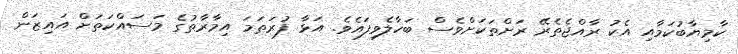
ކާމިޔާބުކަމާއި އެކު ރާއްޖެތެރޭ ރަށްތަކަށްވެސް ބަހާލެވިފައެވެ. އަޅާ ފުރަތަމަ އިމާރާތުގެ މަސައްކަތަށް އައިޒަން